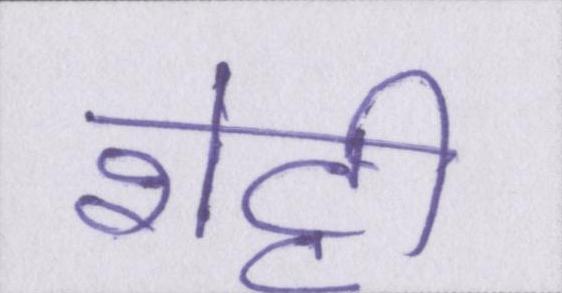
शेट्टी